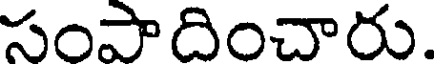
సంపాదించారు.